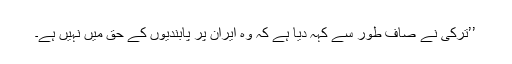
’’ترکی نے صاف طور سے کہہ دیا ہے کہ وہ ایران پر پابندیوں کے حق میں نہیں ہے۔